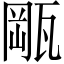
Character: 𤭛